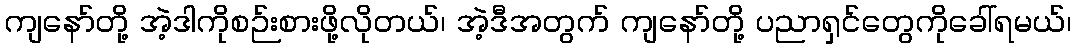
ကျနော်တို့ အဲ့ဒါကိုစဉ်းစားဖို့လိုတယ်၊ အဲ့ဒီအတွက် ကျနော်တို့ ပညာရှင်တွေကိုခေါ်ရမယ်၊